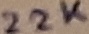
Text: 22K